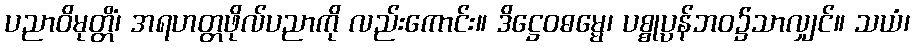
ပညာဝိမုတ္တိံ၊ အရဟတ္တဖိုလ်ပညာကို လည်းကောင်း။ ဒိဋ္ဌေဝဓမ္မေ၊ ပစ္စုပ္ပန်ဘဝ၌သာလျှင်။ သယံ၊